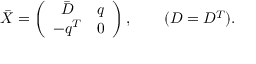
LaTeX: \bar { X } = \left( \begin{array} { c c } { { \bar { D } } } & { { q } } \\ { { - q ^ { T } } } & { { 0 } } \end{array} \right) , ~ ~ ~ ~ ~ ~ ( D = D ^ { T } ) .